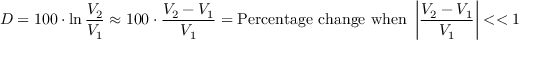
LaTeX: D = 1 0 0 \cdot \ln { \frac { V _ { 2 } } { V _ { 1 } } } \approx 1 0 0 \cdot { \frac { V _ { 2 } - V _ { 1 } } { V _ { 1 } } } = { \mathrm { P e r c e n t a g e ~ c h a n g e } } { \mathrm { ~ w h e n ~ } } \left| { \frac { V _ { 2 } - V _ { 1 } } { V _ { 1 } } } \right| < < 1